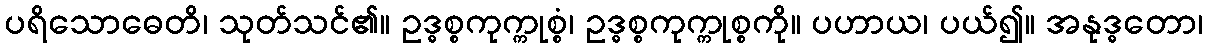
ပရိသောဓေတိ၊ သုတ်သင်၏။ ဥဒ္ဓစ္စကုက္ကုစ္စံ၊ ဥဒ္ဓစ္စကုက္ကုစ္စကို။ ပဟာယ၊ ပယ်၍။ အနုဒ္ဓတော၊